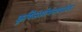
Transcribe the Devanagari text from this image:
कृषिसंशोधनाबरोबर